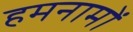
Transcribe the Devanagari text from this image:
हमनामों